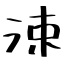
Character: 涑